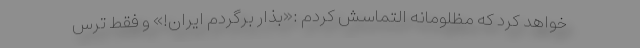
خواهد کرد که مظلومانه التماسش کردم :«بذار برگردم ایران!» و فقط ترس